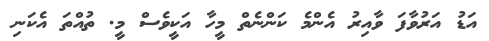
އަޑު އަރުވާފަ ވާއިރު އެންމެ ކަންނެތް މީހާ އަކީވެސް މީ. ތުއްތަ އެކަނި